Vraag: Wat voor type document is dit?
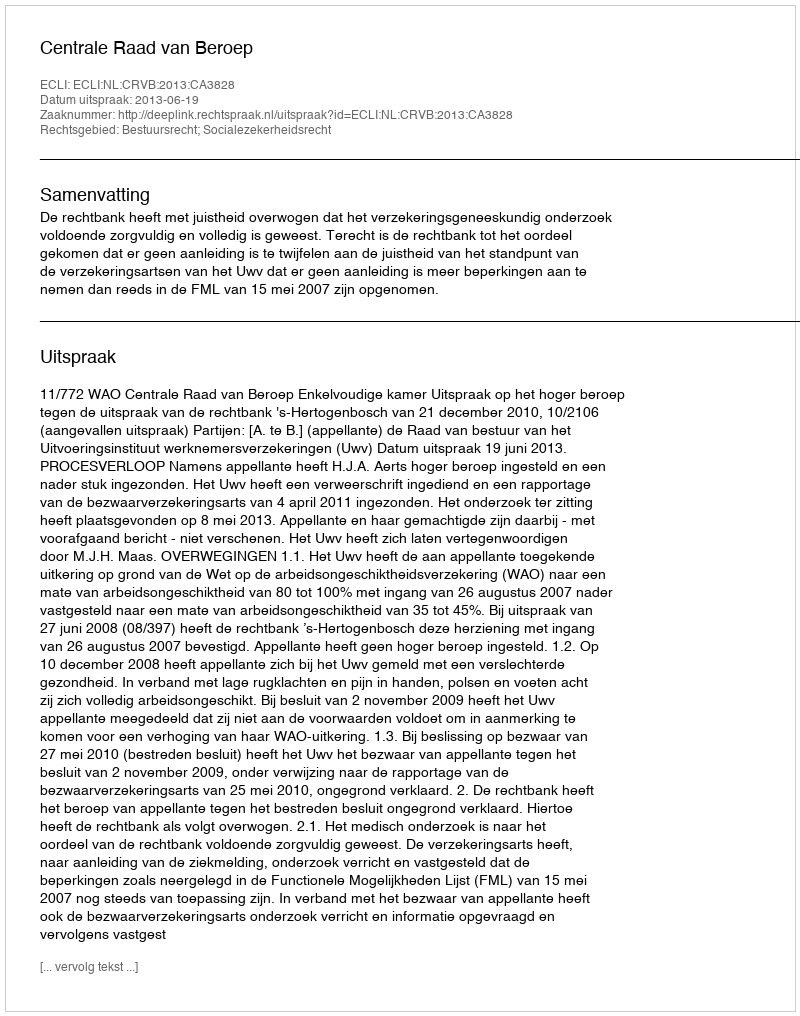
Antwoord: Uitspraak